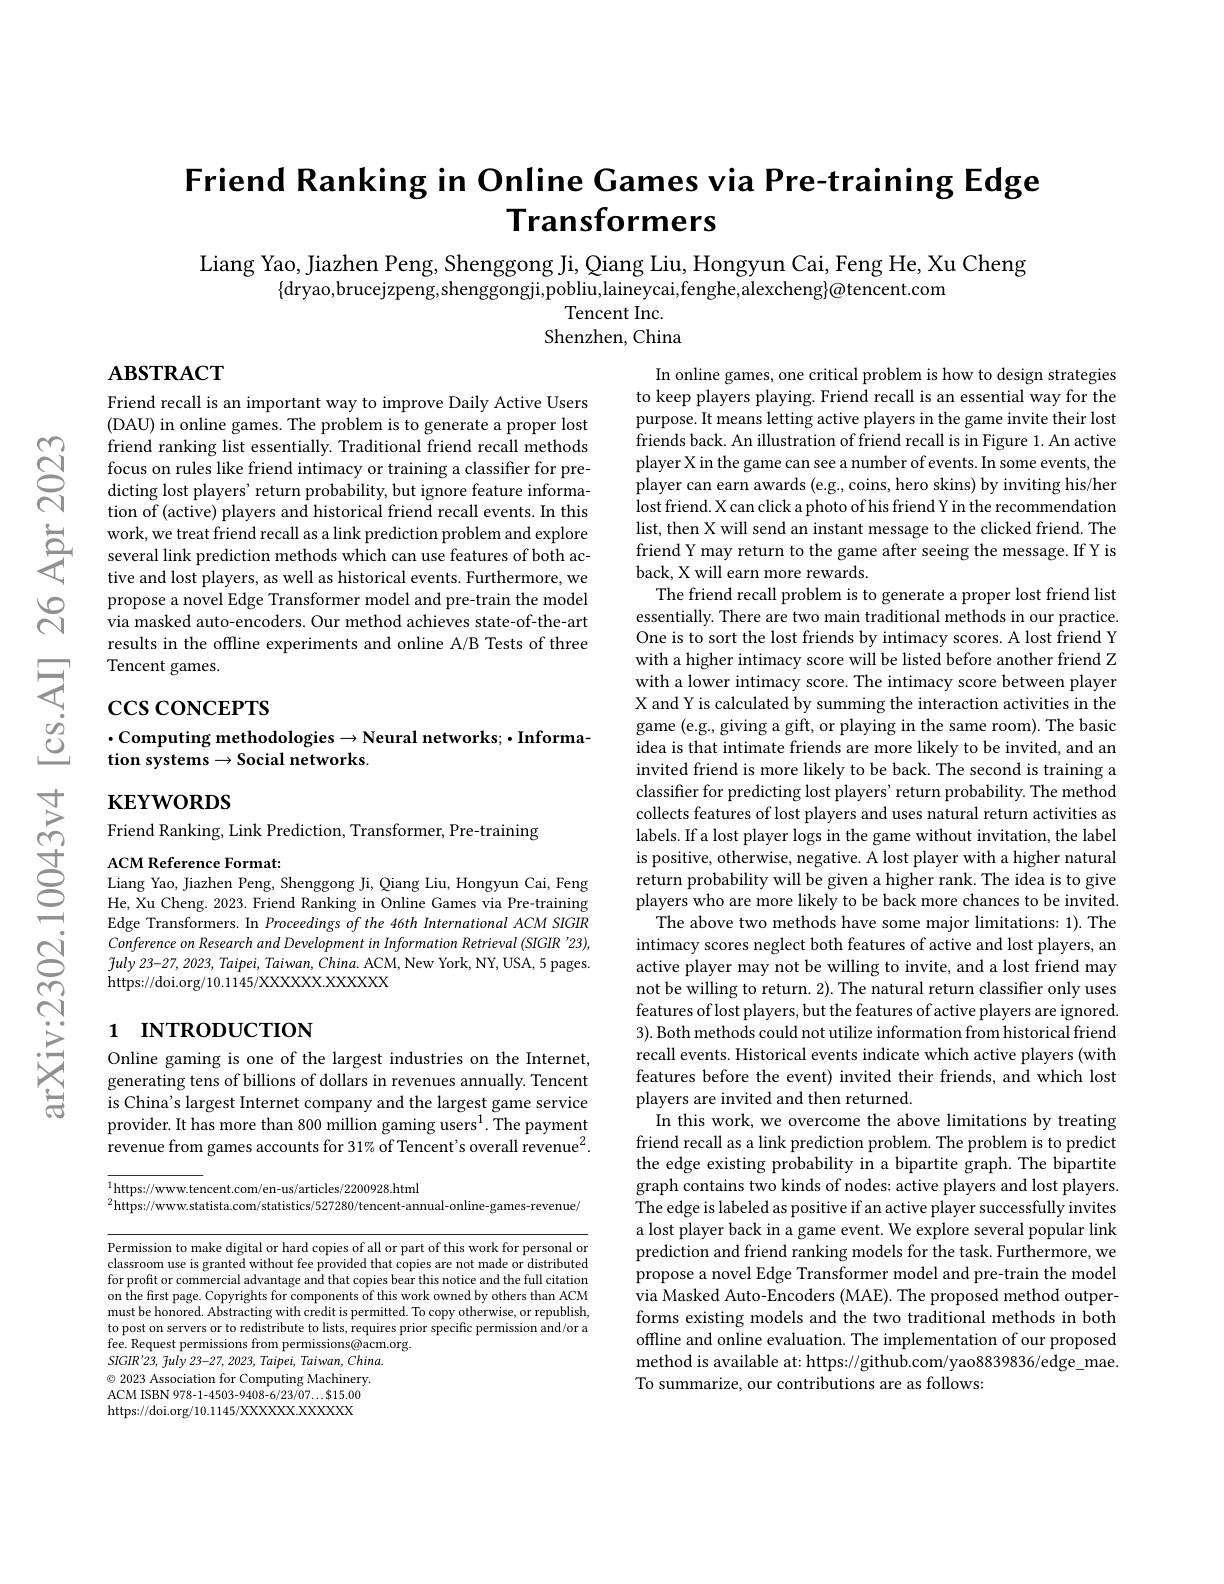
# Friend Ranking in Online Cames via Pre-training Edge Transformers

Liang Yao, Jiazhen Peng, Shenggong Ji, Qiang Liu, Hongyun Cai, Feng He, Xu Cheng
$\{$dryao,brucejzpeng,shenggongji,pobliu,laineycai,fenghe,alexcheng$\}\textcircled{o}$tencent.com
Tencent Inc.
Shenzhen, China

# $\mathbf{ABSTRACT}$

Friend recall is an important way to improve Daily Active Users (DAU) in online games. The problem is to generate a proper lost friend ranking list essentially. Traditional friend recall methods focus on rules like friend intimacy or training a classiffer for predicting lost players' return probability, but ignore feature information of (active) players and historical friend recall events. In this work, we treat friend recall as a link prediction problem and explore several link prediction methods which can use features of both active and lost players, as well as historical events. Furthermore, we propose a novel Edge Transformer model and pre-train the model via masked auto-encoders. Our method achieves state-of-the-art results in the offline experiments and online A/B Tests of three Tencent games.

$\csc\csc$coNCEPTS
$\cdot$Computing methodologies$\to$Neural networks;$\cdot$Informa-Computing methodologies$\to$Neural networks;$\cdot$Informa-
tion systems$\to$Social networks.

$\mathbf{KEYWORDS}$

Friend Ranking, Link Prediction, Transformer, Pre-training
ACM Reference Format:

In online games, one critical problem is how to design strategies to keep players playing. Friend recall is an essential way for the purpose. It means letting active players in the game invite their lost friends back. An illustration of friend recall is in Figure 1. An active player X in the game can see a number of events. In some events, the player can earn awards (e.g., coins, hero skins) by inviting his/her lost friend. X can click a photo of his friend Y in the recommendation list, then X will send an instant message to the clicked friend. The friend Y may return to the game after seeing the message. If Y is back, X will earn more rewards.
The friend recall problem is to generate a proper lost friend list essentially. There are two main traditional methods in our practice. One is to sort the lost friends by intimacy scores. A lost friend Y with a higher intimacy score will be listed before another friend Z with a lower intimacy score. The intimacy score between player X and Y is calculated by summing the interaction activities in the game (e.g., giving a gift, or playing in the same room). The basic idea is that intimate friends are more likely to be invited, and an invited friend is more likely to be back. The second is training a classifier for predicting lost players' return probability. The method collects features of lost players and uses natural return activities as labels. If a lost player logs in the game without invitation, the label is positive, otherwise, negative. A lost player with a higher natural return probability will be given a higher rank. The idea is to give players who are more likely to be back more chances to be invited.
The above two methods have some major limitations: 1). The intimacy scores neglect both features of active and lost players, an active player may not be willing to invite, and a lost friend may not be willing to return. 2). The natural return classifier only uses features of lost players, but the features of active players are ignored. 3). Both methods could not utilize information from historical friend recall events. Historical events indicate which active players (with features before the event) invited their friends, and which lost players are invited and then returned.
In this work, we overcome the above limitations by treating friend recall as a link prediction problem. The problem is to predict the edge existing probability in a bipartite graph. The bipartite graph contains two kinds of nodes: active players and lost players. The edge is labeled as positive if an active player successfully invites a lost player back in a game event. We explore several popular link prediction and friend ranking models for the task. Furthermore, we propose a novel Edge Transformer model and pre-train the model via Masked Auto-Encoders (MAE). The proposed method outperforms existing models and the two traditional methods in both offline and online evaluation. The implementation of our proposed method is available at: https://github.com/yao8839836/edge\_mae. To summarize, our contributions are as follows:

Liang Yao, Jiazhen Peng, Shenggong Ji, Qiang Liu, Hongyun Cai, Feng He, Xu Cheng. 2023. Friend Ranking in Online Games via Pre-training Edge Transformers. In Proceedings of the 46th International ACM SIGIR Conference on Research and Development in Information Retrieval (SIGIR '23), $\tilde{f} uly$ 23-27, 2023, $Taipei$, $Taiwan$, $China.$ ACM, New York, NY, USA, 5 pages. https://doi.org/10.1145/XXXXXX.XXXXX

# 1 INTRODUCTION

Online gaming is one of the largest industries on the Internet, generating tens of billions of dollars in revenues annually. Tencent is China's largest Internet company and the largest game service provider. It has more than 800 million gaming users$^1.$ The payment revenue from games accounts for 31% of Tencent's overall revenue$^2.$

$^{1}$https://www.tencent.com/en-us/articles/2200928.html
$^{2}$https://www.statista.com/statistics/527280/tencent-annual-online-games-revenue/

Permission to make digital or hard copies of all or part of this work for personal or classroom use is granted without fee provided that copies are not made or distributed for profit or commercial advantage and that copies bear this notice and the full citation on the first page. Copyrights for components of this work owned by others than ACM must be honored. Abstracting with credit is permitted. To copy otherwise, or republish to post on servers or to redistribute to lists, requires prior specific permission and/or a fee. Request permissions from permissions@acm.org.
$SIGIR^{\prime }23$, fuly 23-27, 2023, $Taipei$, $Taiwan$, $China.$ $\textcircled{\circ}$ 2023 Association for Computing Machinery. ACM ISBN 978-1-4503-9408-6/23/07...$15.00 https://doi.org/10.1145/XXXXXX.XXXXX